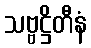
သဗ္ဗဋ္ဌိတီနံ